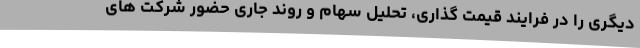
دیگری را در فرایند قیمت گذاری، تحلیل سهام و روند جاری حضور شرکت های